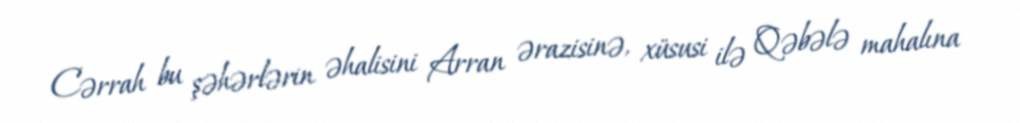
Cərrah bu şəhərlərin əhalisini Arran ərazisinə, xüsusi ilə Qəbələ mahalına